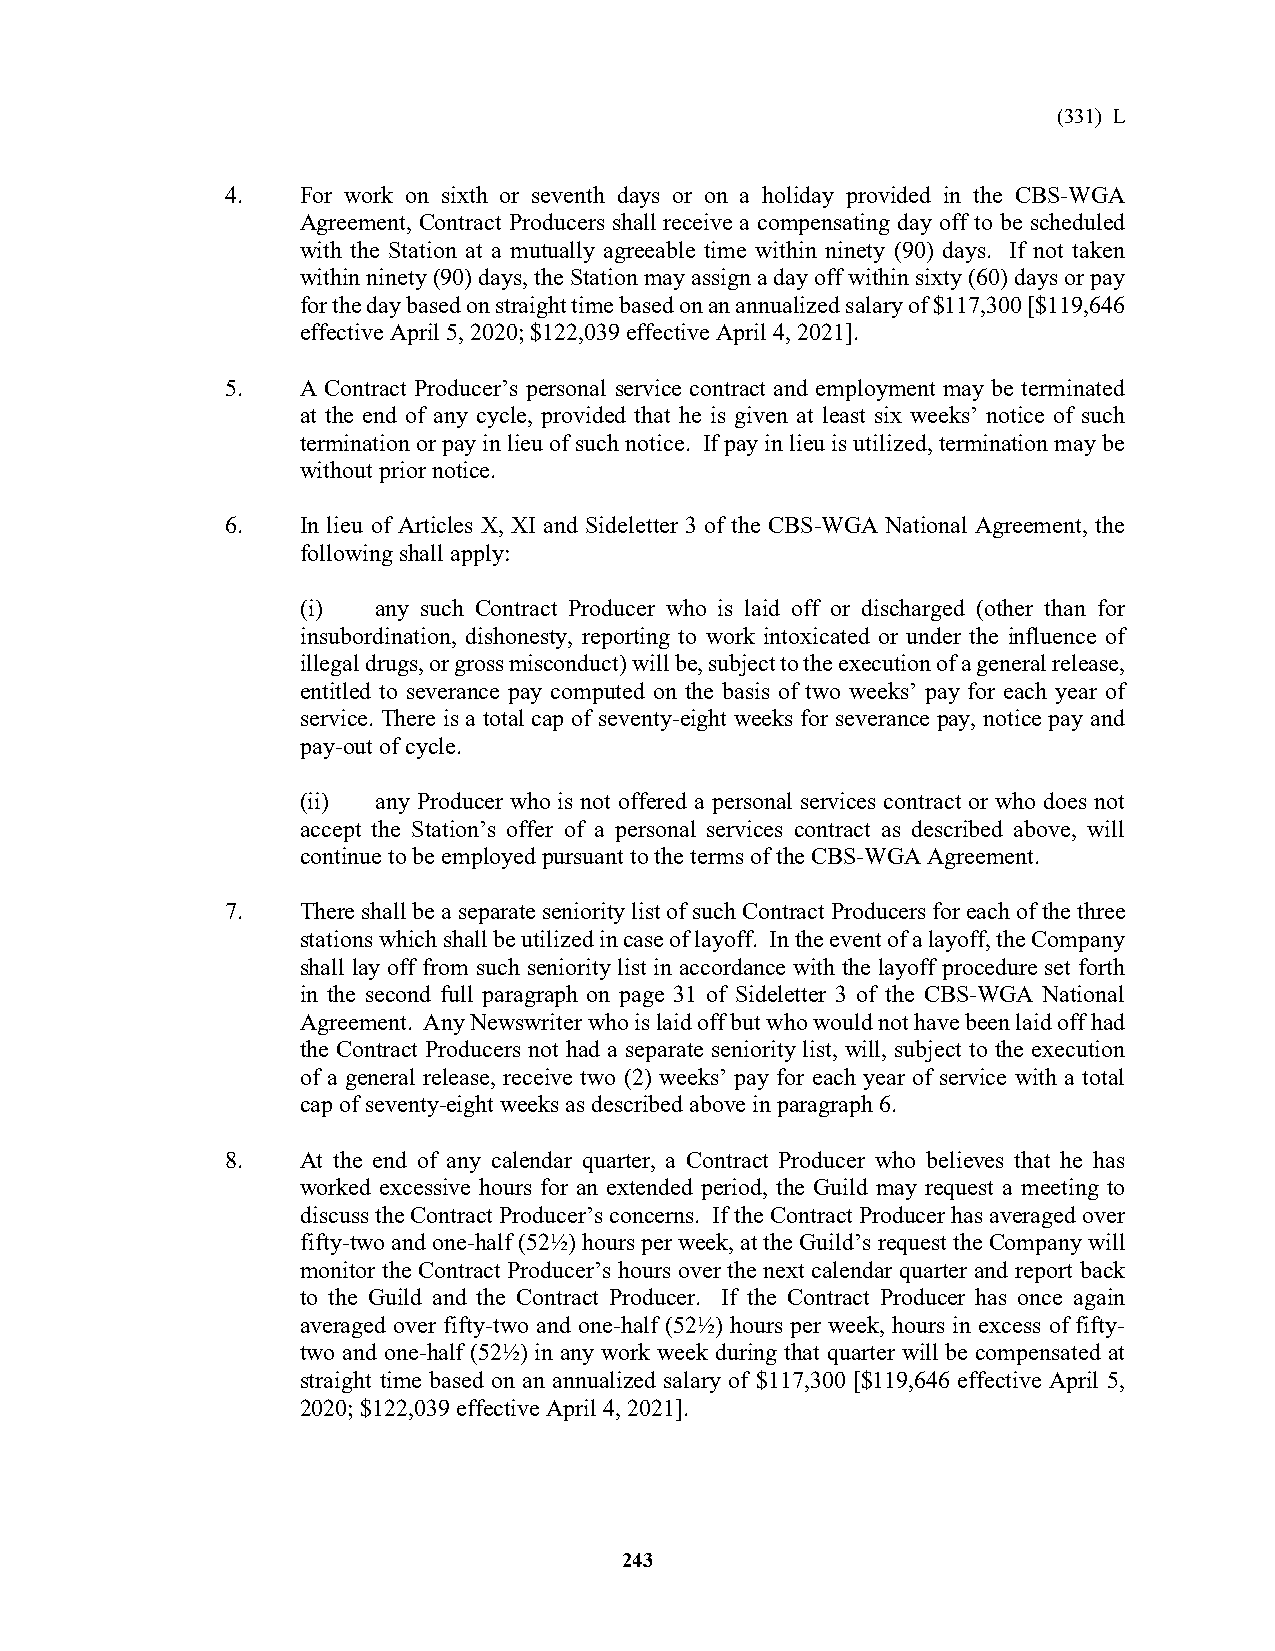
(331) L
 4.   For work on sixth or seventh days or on a holiday provided in the CBS-WGA
 Agreement, Contract Producers shall receive a compensating day off to be scheduled
 with the Station at a mutually agreeable time within ninety (90) days. If not taken
 within ninety (90) days, the Station may assign a day off within sixty (60) days or pay
 for the day based on straight time based on an annualized salary of $117,300 [$119,646
 effective April 5, 2020; $122,039 effective April 4, 2021].
 5.   A Contract Producer’s personal service contract and employment may be terminated
 at the end of any cycle, provided that he is given at least six weeks’ notice of such
 termination or pay in lieu of such notice. If pay in lieu is utilized, termination may be
 without prior notice.
 6.   In lieu of Articles X, XI and Sideletter 3 of the CBS-WGA National Agreement, the
 following shall apply:
 (i)  any such Contract Producer who is laid off or discharged (other than for
 insubordination, dishonesty, reporting to work intoxicated or under the influence of
 illegal drugs, or gross misconduct) will be, subject to the execution of a general release,
 entitled to severance pay computed on the basis of two weeks’ pay for each year of
 service. There is a total cap of seventy-eight weeks for severance pay, notice pay and
 pay-out of cycle.
 (ii) any Producer who is not offered a personal services contract or who does not
 accept the Station’s offer of a personal services contract as described above, will
 continue to be employed pursuant to the terms of the CBS-WGA Agreement.
 7.   There shall be a separate seniority list of such Contract Producers for each of the three
 stations which shall be utilized in case of layoff. In the event of a layoff, the Company
 shall lay off from such seniority list in accordance with the layoff procedure set forth
 in the second full paragraph on page 31 of Sideletter 3 of the CBS-WGA National
 Agreement. Any Newswriter who is laid off but who would not have been laid off had
 the Contract Producers not had a separate seniority list, will, subject to the execution
 of a general release, receive two (2) weeks’ pay for each year of service with a total
 cap of seventy-eight weeks as described above in paragraph 6.
 8.   At the end of any calendar quarter, a Contract Producer who believes that he has
 worked excessive hours for an extended period, the Guild may request a meeting to
 discuss the Contract Producer’s concerns. If the Contract Producer has averaged over
 fifty-two and one-half (52½) hours per week, at the Guild’s request the Company will
 monitor the Contract Producer’s hours over the next calendar quarter and report back
 to the Guild and the Contract Producer. If the Contract Producer has once again
 averaged over fifty-two and one-half (52½) hours per week, hours in excess of fifty-
 two and one-half (52½) in any work week during that quarter will be compensated at
 straight time based on an annualized salary of $117,300 [$119,646 effective April 5,
 2020; $122,039 effective April 4, 2021].
 243